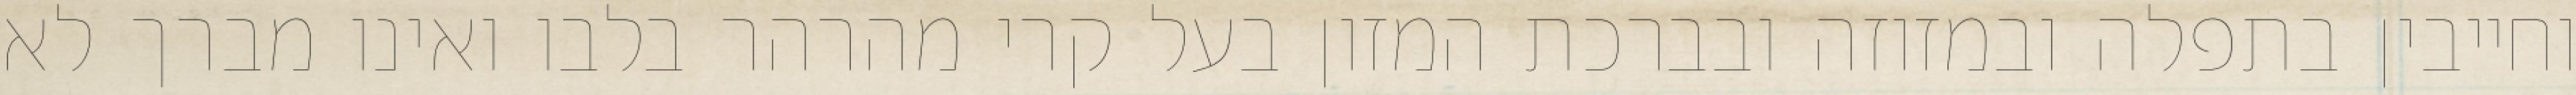
וחייבין בתפלה ובמזוזה ובברכת המזון בעל קרי מהרהר בלבו ואינו מברך לא